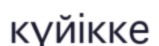
күйікке